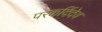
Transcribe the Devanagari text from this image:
परकर्दिदेव